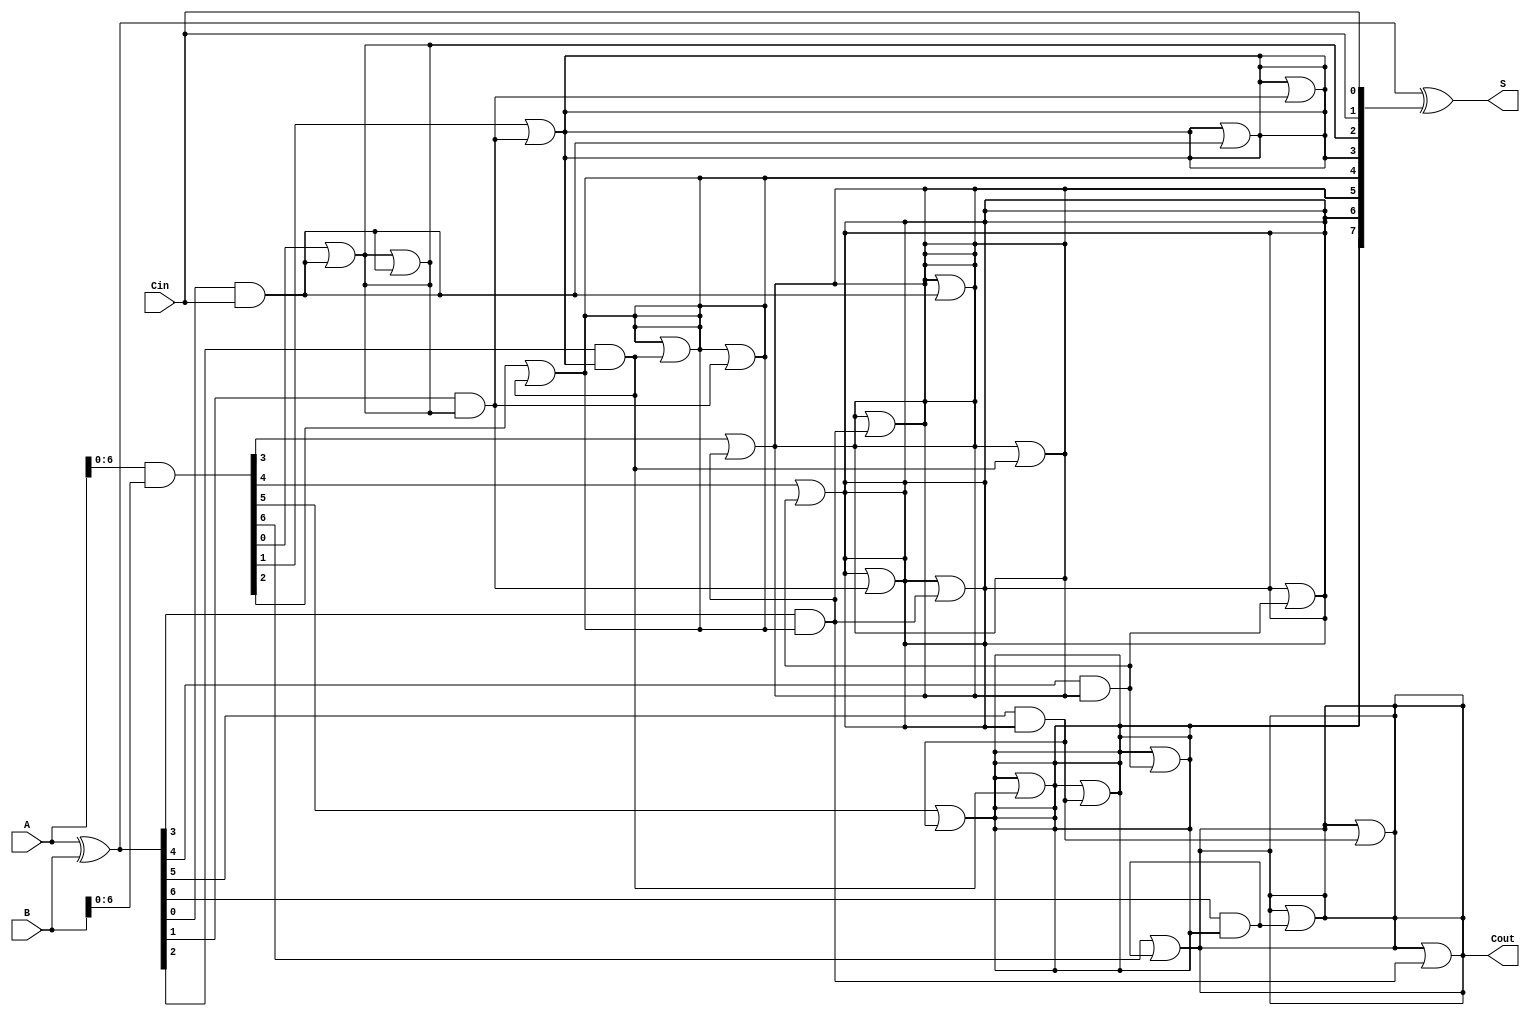
module KoggeStoneAdder #(parameter n = 8) (
    input  [n-1:0] A,      // First operand
    input  [n-1:0] B,      // Second operand
    input          Cin,     // Carry-in
    output [n-1:0] S,      // Sum output
    output         Cout     // Carry-out
);
    
    // Generate and Propagate signals
    wire [n-1:0] P; // Propagate
    wire [n-1:0] G; // Generate
    wire [n-1:0] C; // Carry signals

    // Propagate and Generate calculations
    assign P = A ^ B;  // P[i] = A[i] XOR B[i]
    assign G = A & B;  // G[i] = A[i] AND B[i]

    // Initial carry input
    assign C[0] = Cin;

    // Carry generation using Kogge-Stone logic
    genvar i, j;
    generate
        // Stage 1
        for (i = 0; i < n; i = i + 1) begin
            if (i > 0) begin
                assign C[i] = G[i-1] | (P[i-1] & C[i-1]);
            end
        end

        // Additional levels for logarithmic carry calculation
        for (j = 1; j < n; j = j * 2) begin
            for (i = 0; i < n; i = i + 1) begin
                if (i >= j) begin
                    assign C[i] = C[i] | (P[i-j] & C[i-j]);
                end
            end
        end
    endgenerate

    // Sum calculation
    assign S = P ^ {C[n-2:0], Cin}; // S[i] = P[i] XOR C[i-1]

    // Carry-out signal
    assign Cout = C[n-1];

endmodule